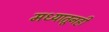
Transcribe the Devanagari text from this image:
मध्यातूनही